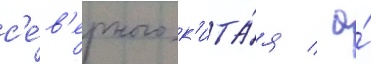
с'е́в'ерного к'ита́я / а́